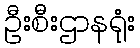
ဦးစီးဌာနရုံး